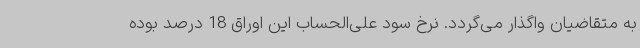
به متقاضیان واگذار می‌گردد. نرخ سود علی‌الحساب این اوراق 18 درصد بوده